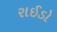
રાઈડો